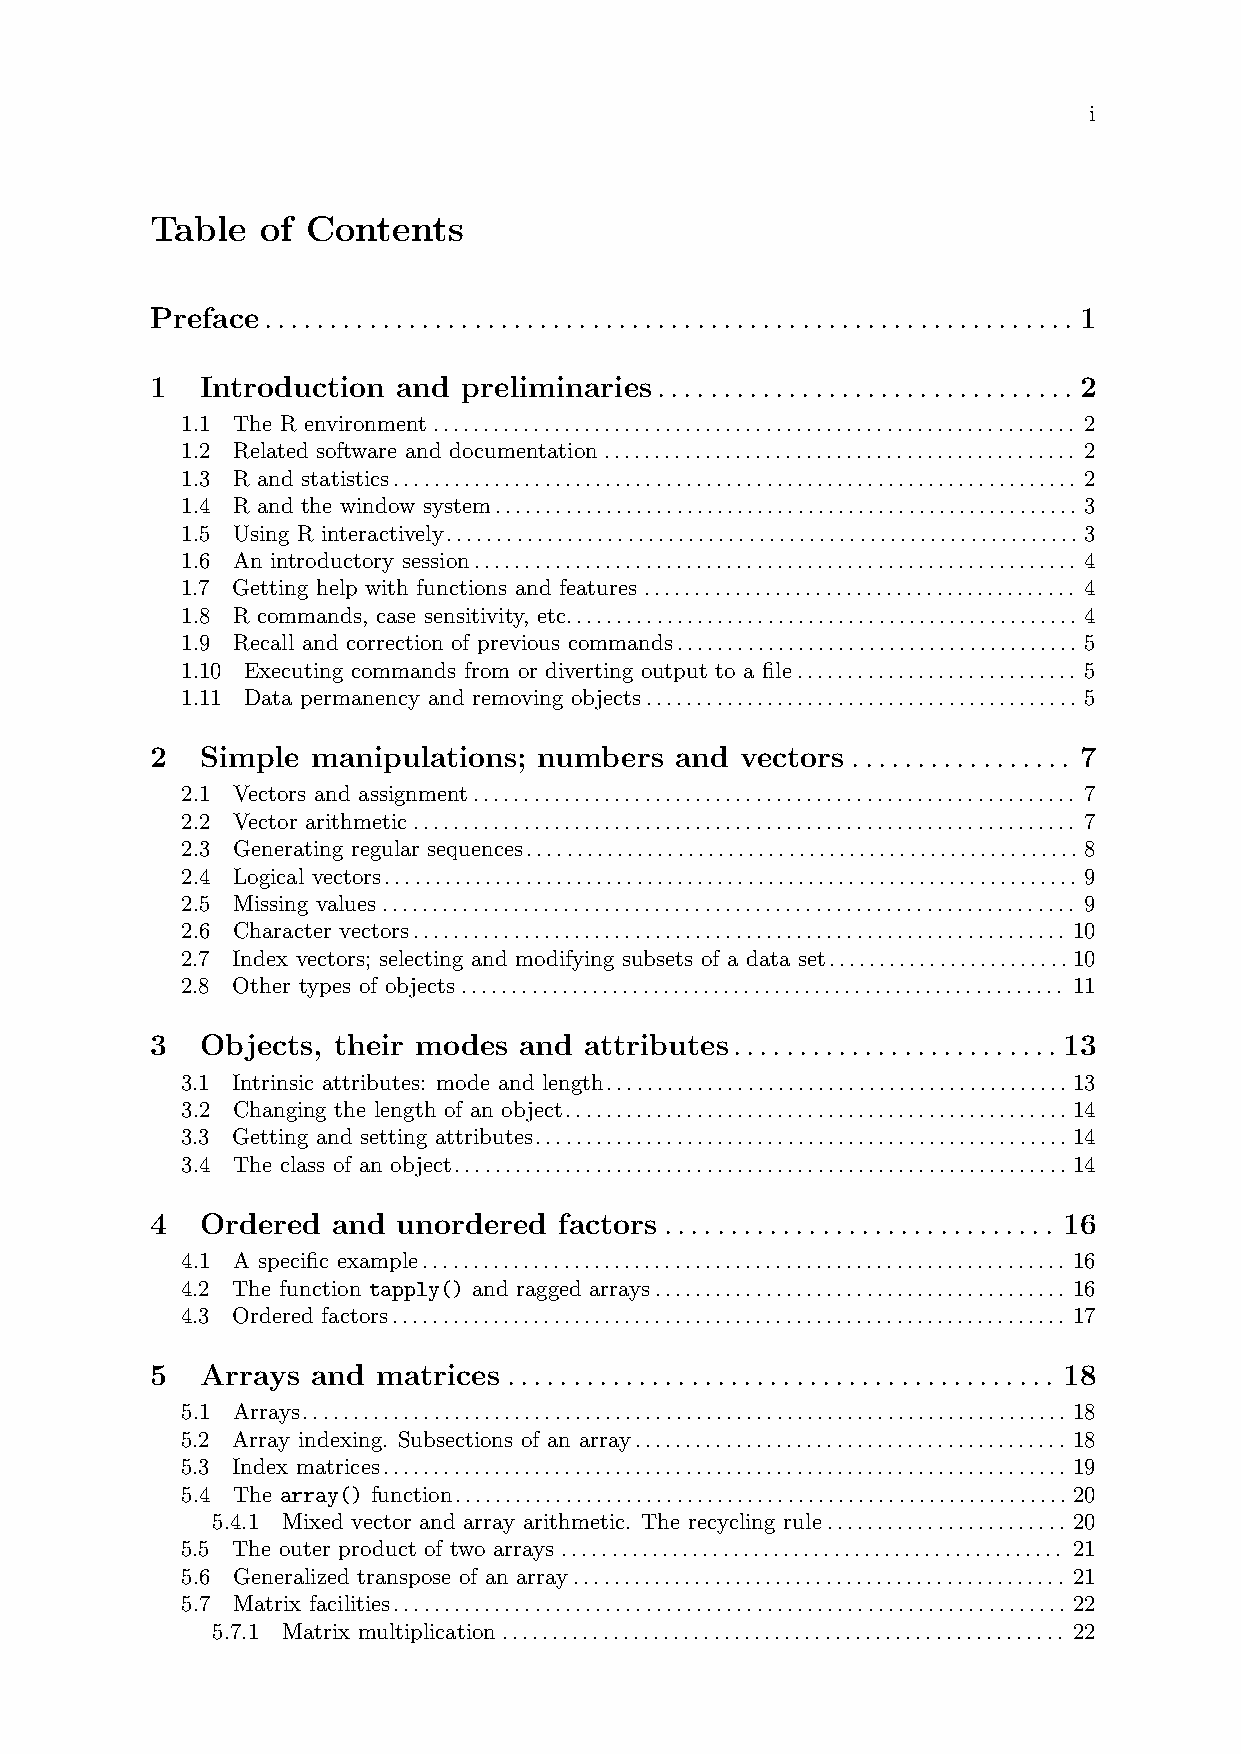
i
 Table  of Contents
 Preface.............................................................. 1
 1  Introduction and  preliminaries................................ 2
 1.1 The R environment................................................................ 2
 1.2 Related software and documentation............................................... 2
 1.3 R and statistics.................................................................... 2
 1.4 R and the window system.......................................................... 3
 1.5 Using R interactively...............................................................3
 1.6 An introductory session............................................................ 4
 1.7 Getting help with functions and features........................................... 4
 1.8 R commands, case sensitivity, etc................................................... 4
 1.9 Recall and correction of previous commands........................................ 5
 1.10 Executing commands from or diverting output to a file............................ 5
 1.11 Data permanency and removing objects........................................... 5
 2  Simple  manipulations; numbers  and vectors ................. 7
 2.1 Vectors and assignment............................................................ 7
 2.2 Vector arithmetic.................................................................. 7
 2.3 Generating regular sequences.......................................................8
 2.4 Logical vectors..................................................................... 9
 2.5 Missing values..................................................................... 9
 2.6 Character vectors................................................................. 10
 2.7 Index vectors; selecting and modifying subsets of a data set........................10
 2.8 Other types of objects............................................................ 11
 3  Objects, their modes and  attributes......................... 13
 3.1 Intrinsic attributes: mode and length..............................................13
 3.2 Changing the length of an object..................................................14
 3.3 Getting and setting attributes.....................................................14
 3.4 The class of an object.............................................................14
 4  Ordered  and unordered  factors .............................. 16
 4.1 A specific example................................................................ 16
 4.2 The function tapply() and ragged arrays......................................... 16
 4.3 Ordered factors................................................................... 17
 5  Arrays  and matrices .......................................... 18
 5.1 Arrays............................................................................18
 5.2 Array indexing. Subsections of an array........................................... 18
 5.3 Index matrices.................................................................... 19
 5.4 The array() function.............................................................20
 5.4.1 Mixed vector and array arithmetic. The recycling rule........................ 20
 5.5 The outer product of two arrays .................................................. 21
 5.6 Generalized transpose of an array................................................. 21
 5.7 Matrix facilities...................................................................22
 5.7.1 Matrix multiplication........................................................ 22